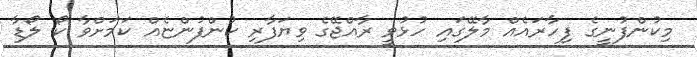
މިކުންފުނީގެ ފިހާރައެއް މާލޭގައި ހުޅުވީ ރާއްޖޭގެ ވިޔަފާރި ކުންފުންޏެއް ކަމަށްވާ ކޯ ލޯޑާ